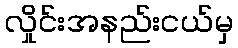
လှိုင်းအနည်းငယ်မှ